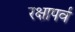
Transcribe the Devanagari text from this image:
रक्षापर्व